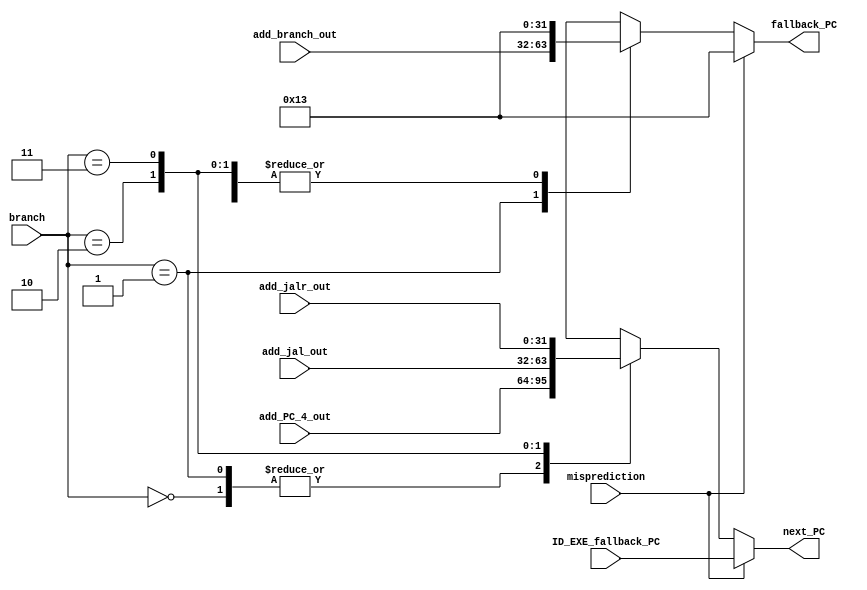
`timescale 1ns / 1ps
//////////////////////////////////////////////////////////////////////////////////
// Company: 
// Engineer: 
// 
// Design Name: 
// Module Name: next_PC
// Project Name: 
// Target Devices: 
// Tool Versions: 
// Description: 
// 
// Dependencies: 
// 
// Revision:
// Revision 0.01 - File Created
// Additional Comments:
// 
//////////////////////////////////////////////////////////////////////////////////


module next_PC(
	// PC source
    input [31:0] ID_EXE_fallback_PC,
    input [31:0] add_PC_4_out,
    input [31:0] add_branch_out,
    input [31:0] add_jal_out,
    input [31:0] add_jalr_out,
    // control signal
    input misprediction,
    input [1:0] branch,
    // PC output
    output reg [31:0] next_PC,
    output reg [31:0] fallback_PC
    );
    always @(*) begin
        fallback_PC = 32'h00000013; // default fallback_PC = NOP;
		// prioritize misprediction
        if (misprediction == 1)
			next_PC = ID_EXE_fallback_PC;
		else case(branch)
			// non flow ctrl inst
			2'b00: next_PC = add_PC_4_out;
			// branch
			2'b01: begin
				next_PC = add_PC_4_out;
				fallback_PC = add_branch_out;
			end
			// jal
			2'b10: next_PC = add_jal_out;
			// jalr
			2'b11: next_PC = add_jalr_out;
		endcase
    end
endmodule